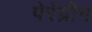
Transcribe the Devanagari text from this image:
पेरेग्रीन